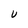
Character: U